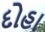
દોહા